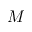
M